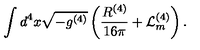
\int d ^ { 4 } x \sqrt { - g ^ { ( 4 ) } } \left( \frac { R ^ { ( 4 ) } } { 1 6 \pi } + \mathcal { L } _ { m } ^ { ( 4 ) } \right) .